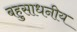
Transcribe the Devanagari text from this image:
बहुसाधनीय